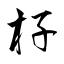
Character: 杍